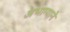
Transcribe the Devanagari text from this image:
अभाग्याने